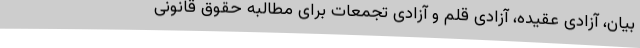
بیان، آزادی عقیده، آزادی قلم و آزادی تجمعات برای مطالبه حقوق قانونی